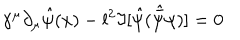
\gamma ^ { \mu } \partial _ { \mu } { \hat { \psi } ( x ) } - l ^ { 2 } \Im [ { \hat { \psi } } ( { \hat { \bar { \psi } } } \psi ) ] = 0